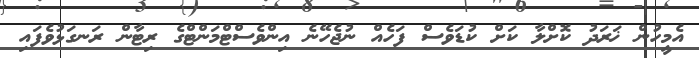
އެމީހުން ޚަރަދު ކޮށްލާ ކަށް ކުޑަވެސް ފަހެއް ނުޖެހޭނެ އިންވެސްޓްމަންޓްގެ ރިޓާން ރަނގަޅުވެފައި